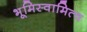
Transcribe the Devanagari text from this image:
भूमिस्वामित्व